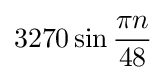
3270\sin {\frac {\pi n}{48}}